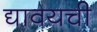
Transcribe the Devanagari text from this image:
द्यावयची